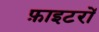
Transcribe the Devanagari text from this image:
फ़ाइटरों